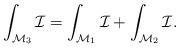
LaTeX: \begin{align*}\int_{\mathcal{M}_3} \mathcal{I}= \int_{\mathcal{M}_1} \mathcal{I} + \int_{\mathcal{M}_2} \mathcal{I}.\end{align*}